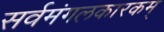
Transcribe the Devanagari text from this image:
सर्वमंगलकारकम्